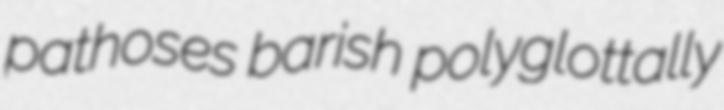
pathoses barish polyglottally